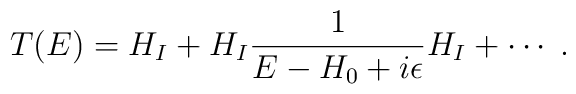
T(E) = H_I + H_I \frac{1}{E-H_0 + i\epsilon} H_I + \cdots \; .